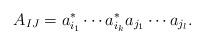
LaTeX: \begin{align*}A_{IJ}=a^\ast_{i_1} \cdots a^\ast_{i_k} a_{j_1} \cdots a_{j_l}.\end{align*}